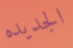
الجديده